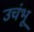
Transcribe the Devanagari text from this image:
उचंभू